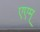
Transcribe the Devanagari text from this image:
एएम्